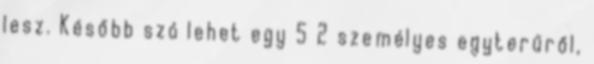
lesz. Később szó lehet egy 5 2 személyes egyterűről,